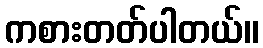
ကစားတတ်ပါတယ်။